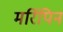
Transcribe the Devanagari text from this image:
मर्रिपिन